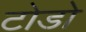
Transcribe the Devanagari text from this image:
टोडो